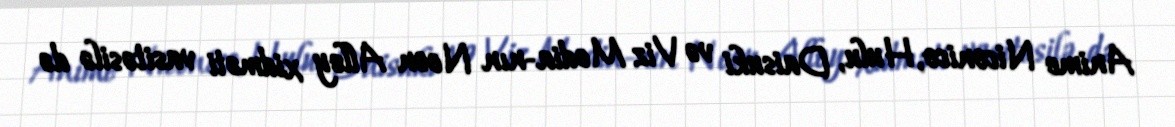
Anime Niconico, Hulu, Daisuki və Viz Media-nın Neon Alley xidməti vasitəsilə də